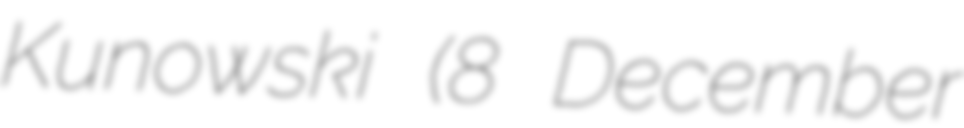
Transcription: Kunowski (8 December